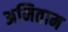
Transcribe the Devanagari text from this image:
अमिताम